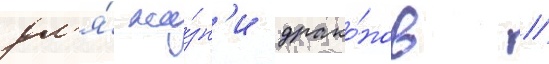
дл'я́ жи́зн'и драко́нов //